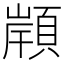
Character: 𩓤